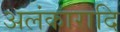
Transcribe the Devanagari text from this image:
अलंकारादि